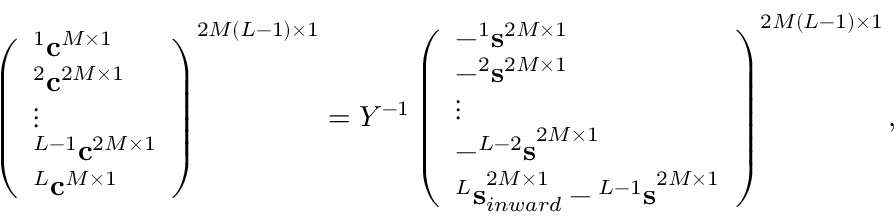
\begin{array} { r } { \left( \begin{array} { l } { ^ 1 { \bf c } ^ { M \times 1 } } \\ { ^ 2 { \bf c } ^ { 2 M \times 1 } } \\ { \vdots } \\ { ^ { L - 1 } { \bf c } ^ { 2 M \times 1 } } \\ { ^ { L } { \bf c } ^ { M \times 1 } } \end{array} \right) ^ { 2 M ( L - 1 ) \times 1 } = { \cal Y } ^ { - 1 } \left( \begin{array} { l } { - ^ { 1 } { \bf s } ^ { 2 M \times 1 } } \\ { - ^ { 2 } { \bf s } ^ { 2 M \times 1 } } \\ { \vdots } \\ { - { ^ { L - 2 } { \bf s } } ^ { 2 M \times 1 } } \\ { { ^ L { \bf s } } _ { i n w a r d } ^ { 2 M \times 1 } - { ^ { L - 1 } { \bf s } } ^ { 2 M \times 1 } } \end{array} \right) ^ { 2 M ( L - 1 ) \times 1 } , } \end{array}